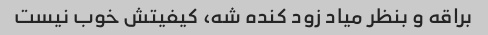
براقه و بنظر میاد زود کنده شه، کیفیتش خوب نیست